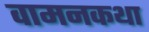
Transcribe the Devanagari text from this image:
वामनकथा